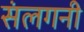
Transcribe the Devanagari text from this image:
संलगनी